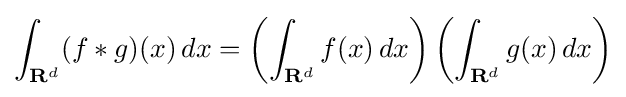
\int _{\mathbf {R} ^{d}}(f*g)(x)\,dx=\left(\int _{\mathbf {R} ^{d}}f(x)\,dx\right)\left(\int _{\mathbf {R} ^{d}}g(x)\,dx\right)